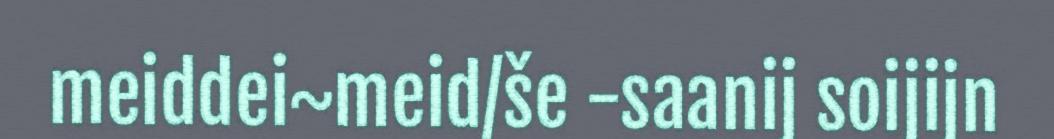
meiddei~meid/še -saanij soijijn